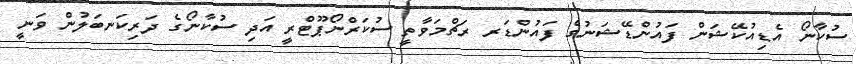
ސުކާނޯ އެޑިއުކޭޝަން ފައުންޑޭޝަނުގެ ފައުންޑަރ ރަޗްމަވާތީ ސުކަރްނޯޕޫޓްރީ އަދި ސުކާނޯގެ ދަރިކަނބަލުން ވަނީ